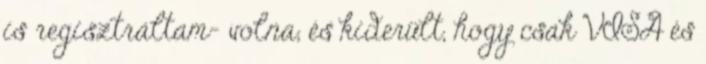
is regisztráltam- volna, és kiderült, hogy csak VISA és